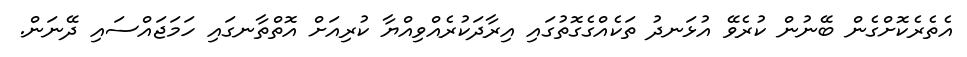
އެތެރެކޮށްގެން ބޭނުން ކުރެވޭ އުޅަނދު ތަކެއްގެގޮތުގައި އިރާދަކުރެއްވިއްޔާ ކުރިއަށް އޮތްތާނގައި ހަމަޖައްސައި ދޭނަން.